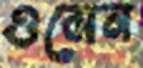
ওমেন